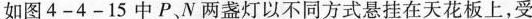
如图4-4-15中P、N两盏灯以不同方式悬挂在天花板上，受